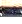
قد